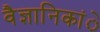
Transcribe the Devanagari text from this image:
वैज्ञानिकांे